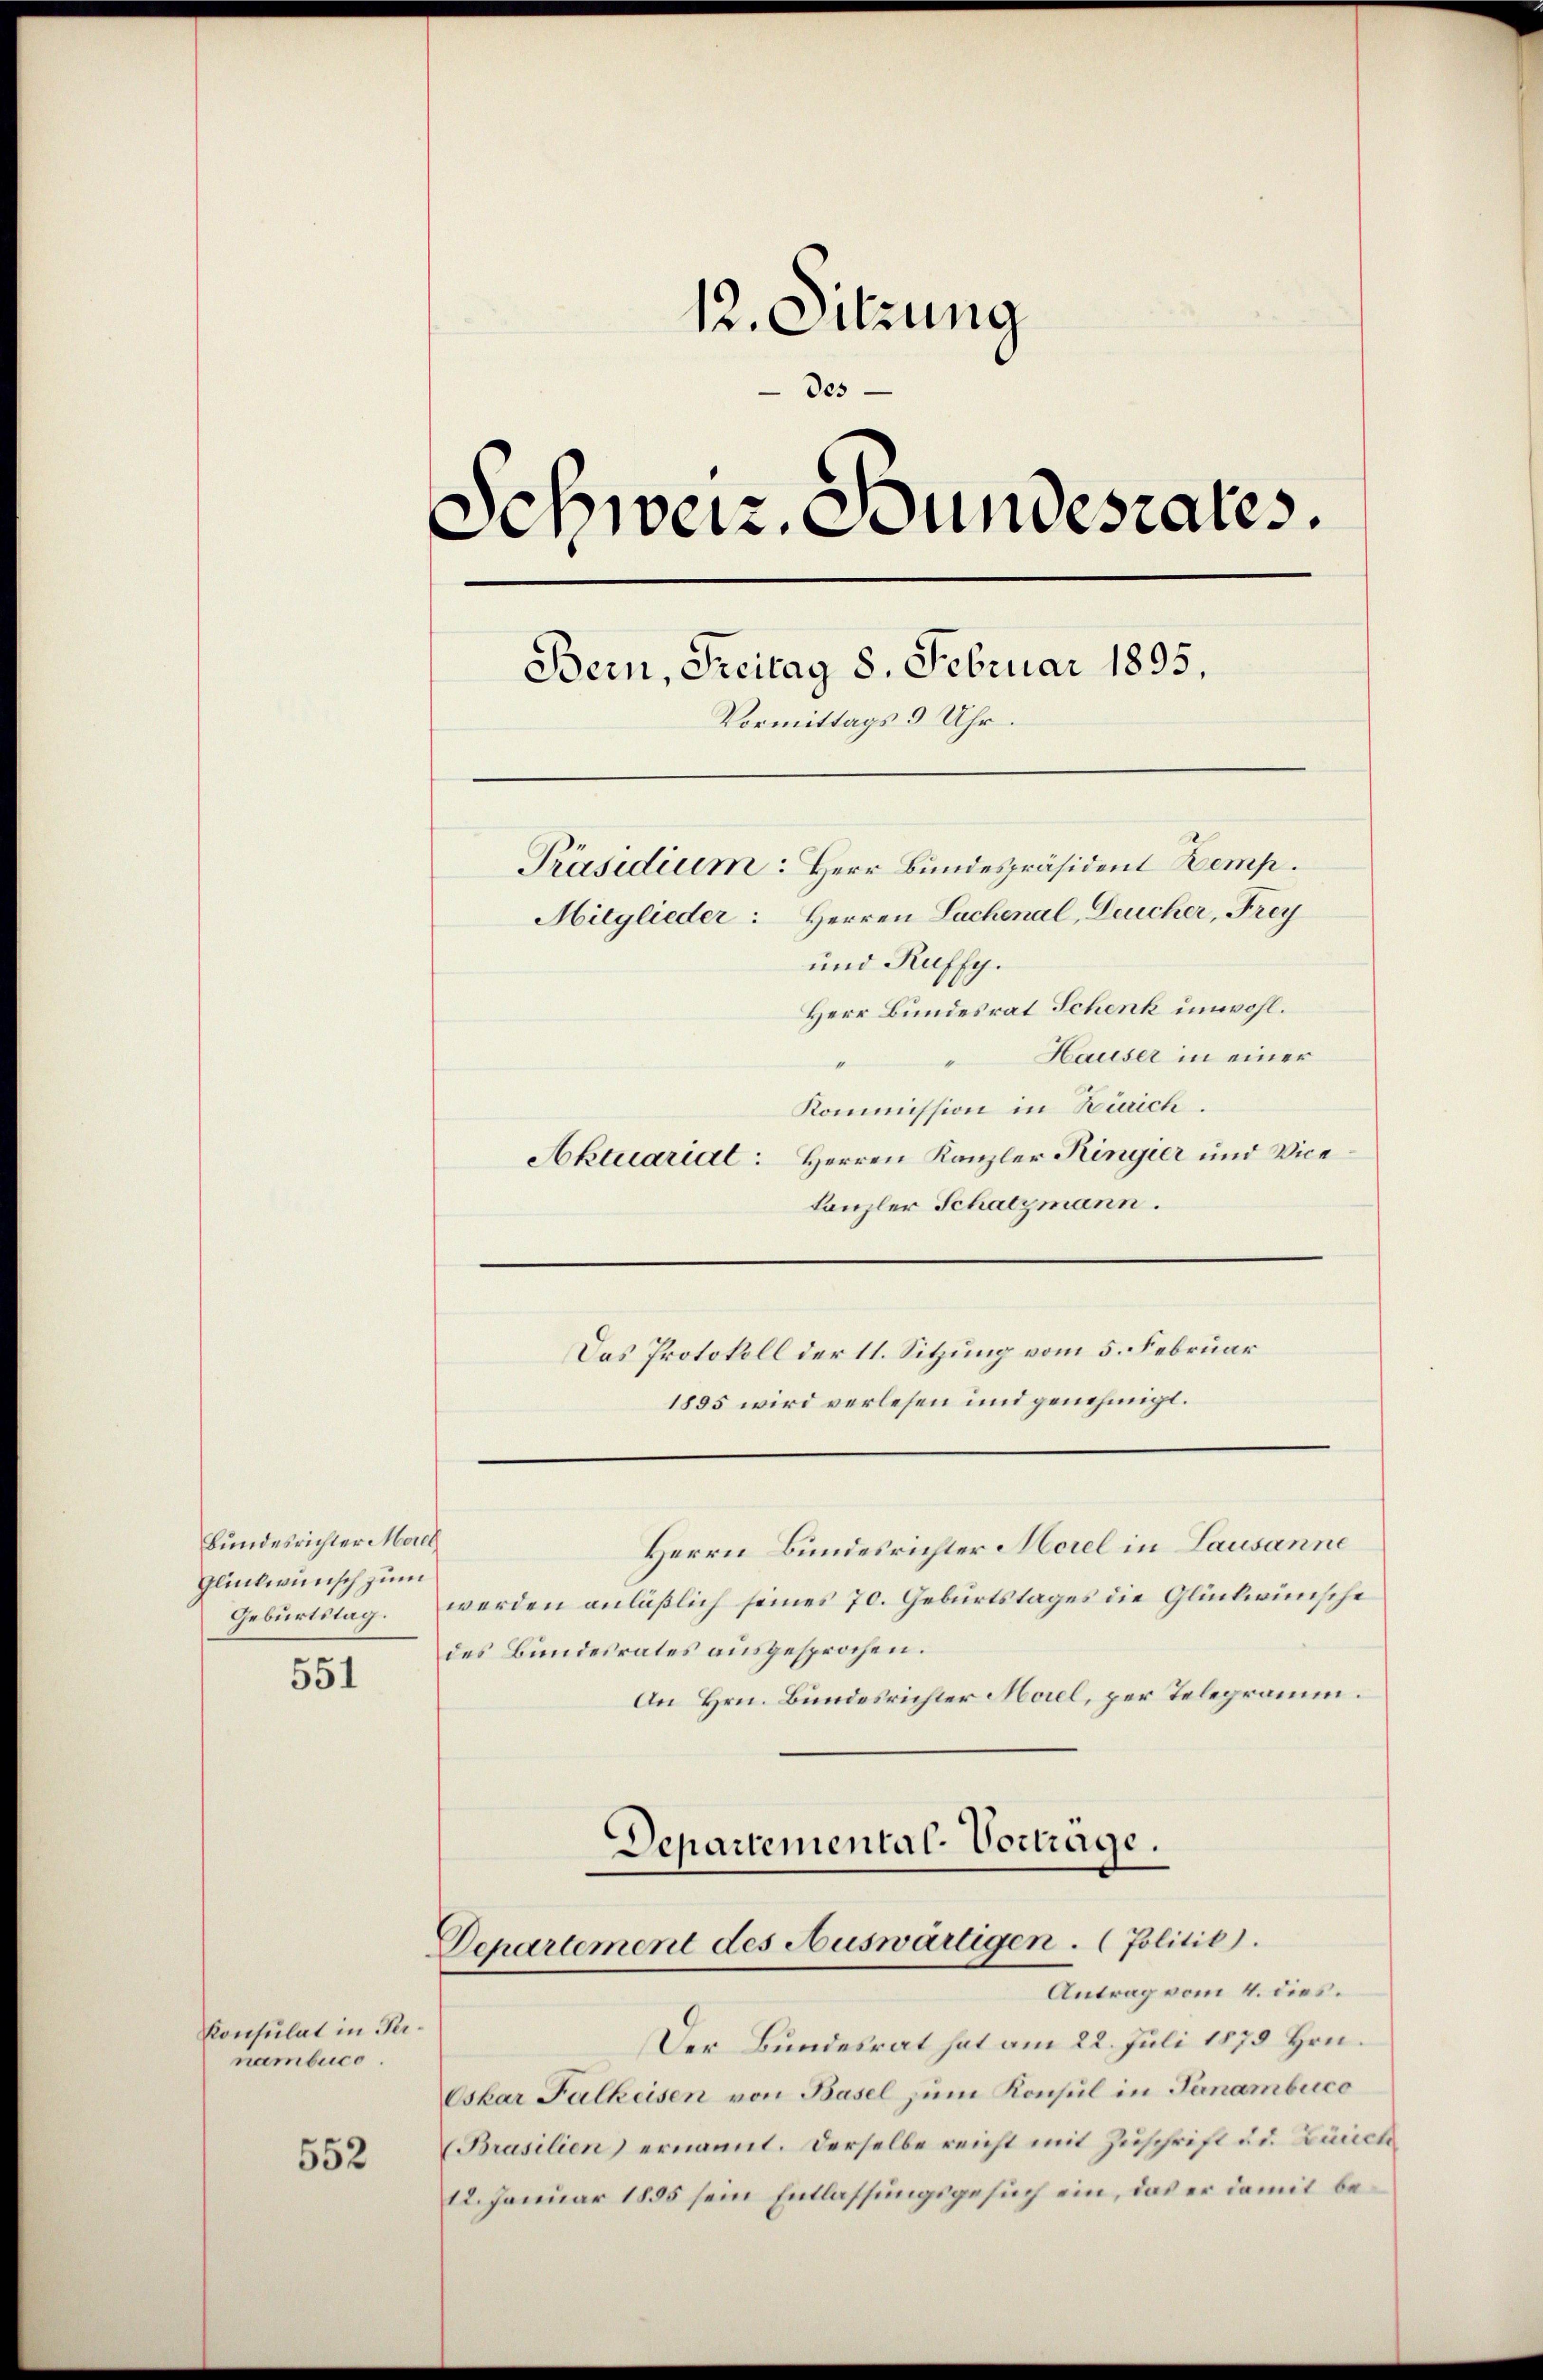
Bundesrichter Morel
Glückwunsch zum
Geburtstag.

551

Konsulat in Pernambuce.

552

12. Sitzung
des
Schweiz. Bundesrates.
Bern, Freitag 8. Februar 1895.
Vormittags 9 Uhr.
Präsidium: Herr Bundespräsident Zemp
Mitglieder: Herren Lachenal, Deucher, Frey
und Ruffy.
Herr Bundesrat Schenk unwohl.
Hauser in einer

Herrn Bundesrichter Morel in Lausanne
werden anläßlich seines 70. Geburtstages die Glückwünsche
des Bundesrates ausgesprochen.
An Hrn. Bundesrichter Morel, per Telegramm.

"
Kommission in Zürich.
Aktuarial: Herren Kanzler Ringier und Vicekanzler Schatzmann.
Das Protokoll der 11. Sitzung vom 5. Februar
1885 wird verlesen und genehmigt.

Departemental-Vortrage.
Departement des Auswärtigen. (Politik).
Antrag vom 4. dies.

Der Bundesrat hat am 22. Juli 1875 Hrn.
Oskar Falkeisen von Basel zum Konsul in Tanambuco
Brasilien) ernannt. Derselbe reicht mit Zuschrift u. d. Zürich
12. Januar 1855 sein Entlassungsgesuch ein, das er damit be¬